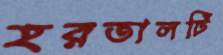
হরতালটি